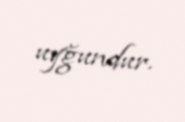
uyğundur.